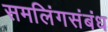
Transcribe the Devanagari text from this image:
समलिंगसंबंध